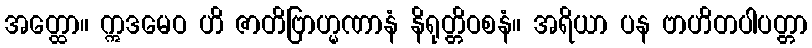
အတ္ထော။ ဣဒမေဝ ဟိ ဇာတိဗြာဟ္မဏာနံ နိရုတ္တိဝစနံ။ အရိယာ ပန ဗာဟိတပါပတ္တာ